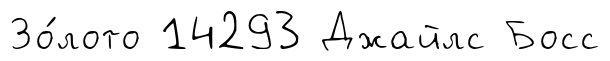
Зо́лото 14293 Джайлс Босс